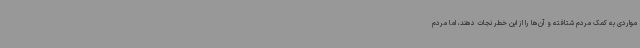
مواردی به کمک مردم شتافته و آن‌ها را از این خطر نجات دهند، اما مردم